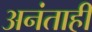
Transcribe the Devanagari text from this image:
अनंताही